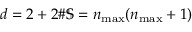
d = 2 + 2 \# \mathbb { S } = n _ { \operatorname* { m a x } } ( n _ { \operatorname* { m a x } } + 1 )